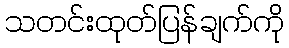
သတင်းထုတ်ပြန်ချက်ကို